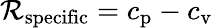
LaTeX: \mathcal{R}_{\mathrm{{{specific}}}}=c_{\mathrm{{{p}}}}-c_{\mathrm{{{v}}}}